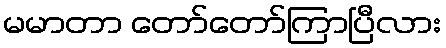
မမာတာ တော်တော်ကြာပြီလား